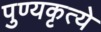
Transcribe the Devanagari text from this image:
पुण्यकृत्ये